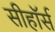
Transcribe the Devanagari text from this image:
सीहॉर्स